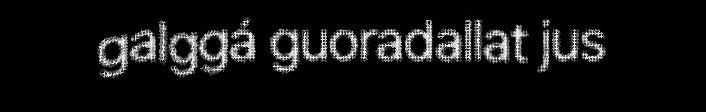
galggá guoradallat jus